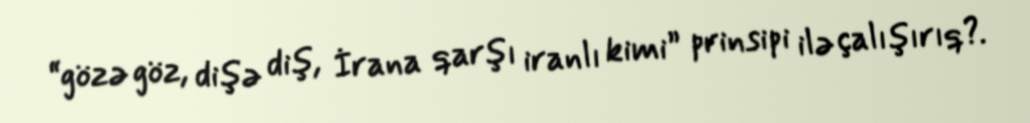
“gözə göz, dişə diş, İrana qarşı iranlı kimi” prinsipi ilə çalışırıq?.